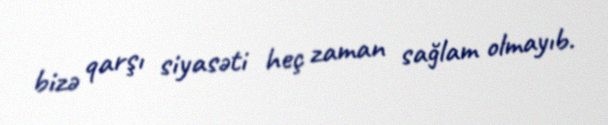
bizə qarşı siyasəti heç zaman sağlam olmayıb.